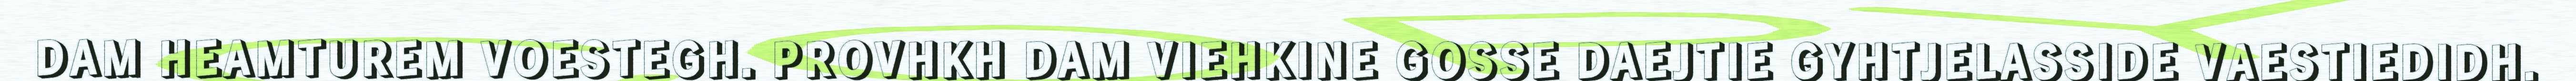
DAM HEAMTUREM VOESTEGH. PROVHKH DAM VIEHKINE GOSSE DAEJTIE GYHTJELASSIDE VAESTIEDIDH.